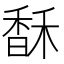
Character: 𩡄